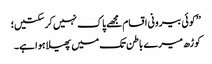
’’کوئی بیرونی اقسام مجھے پاک نہیں کر سکتیں؛
کوڑھ میرے باطن تک میں پھیلا ہوا ہے۔